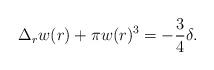
LaTeX: \begin{align*}\Delta_r w(r) + \pi w(r)^3 =- \frac34 \delta.\end{align*}